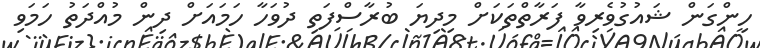
ހިންގަން ޝައުގުވެރިވާ ފަރާތްތަކަށް މިދިޔަ ބުރާސްފަތި ދުވަހާ ހަމައަށް ދިން މުއްދަތު ހަމަވި